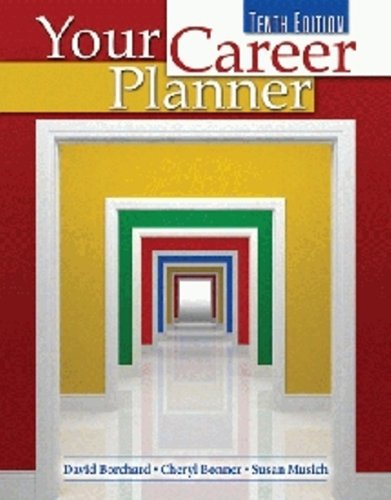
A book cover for Your Career Planner; BORCHARD  DAVID; Business & Money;